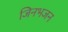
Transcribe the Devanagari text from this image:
जिनभजन